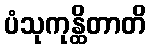
ပံသုကုန္ထိတာတိ